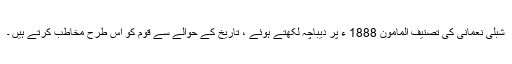
شبلی نعمانی کی تصنیف المامون 1888 ء پر دیباچہ لکھتے ہوئے ، تاریخ کے حوالے سے قوم کو اس طرح مخاطب کرتے ہیں ۔